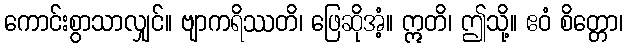
ကောင်းစွာသာလျှင်။ ဗျာကရိဿတိ၊ ဖြေဆိုအံ့။ ဣတိ၊ ဤသို့။ ဧဝံ စိတ္တော၊